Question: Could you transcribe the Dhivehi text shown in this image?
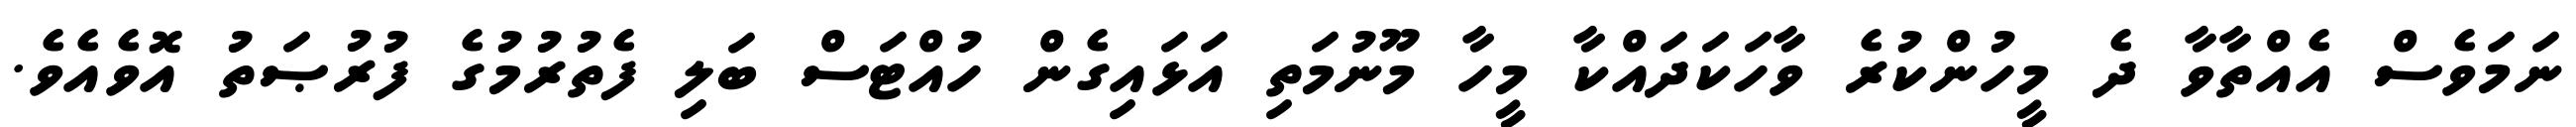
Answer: ނަމަވެސް އެއްތާވާ ދެ މީހުންކުރެ ވާހަކަދައްކާ މީހާ މޫނުމަތި އަޅައިގެން ހުއްޓަސް ބަލި ފެތުރުމުގެ ފުރުޞަތު އޮވެއެވެ.